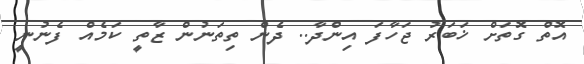
އޮތް ގޮަތަށް ޚަބަރު ޖަހާފަ އިންދާ.. ދެން ތިތަނުން ޒާތީ ކަމެއް ފެނުނީ